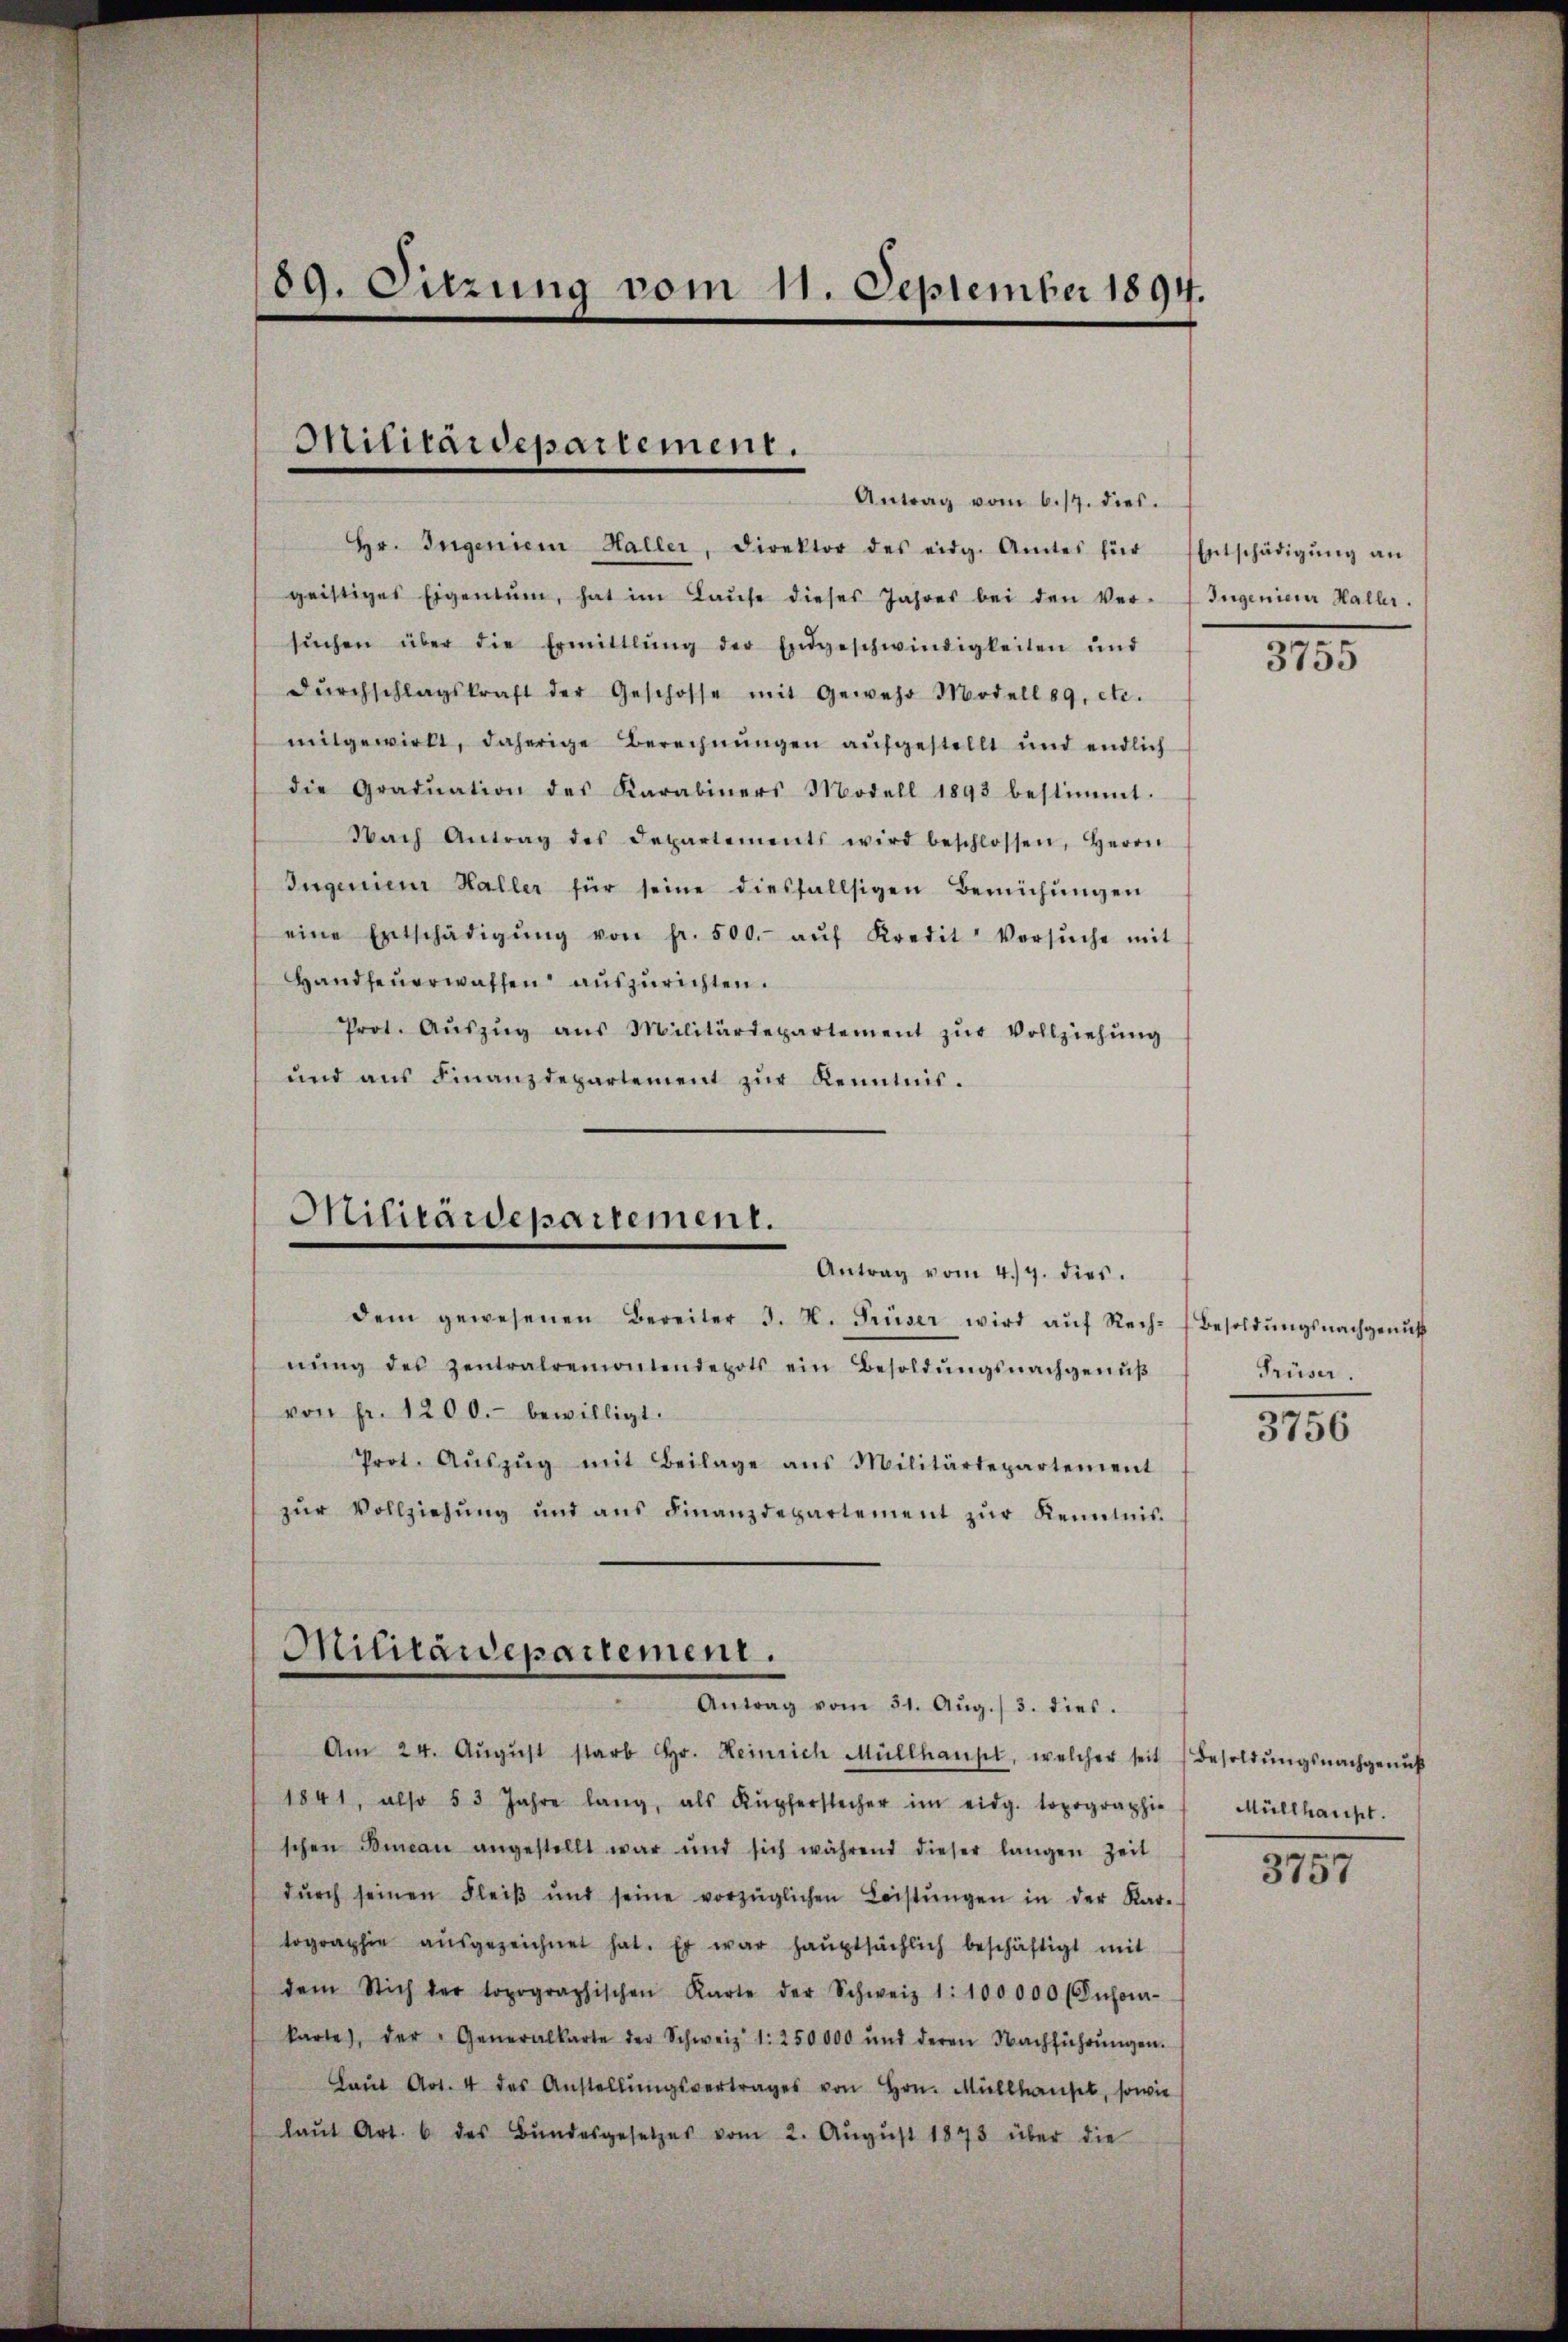
89. Sitzung vom 11. September 1894.

Miticaidepartement.
Antrag vom 6. 17. dies.

hr. Ingenien Haller, Direktor des eidg. Amtes für Entschädigŭng an
geistiges Eigentum, hat im Laŭfe dieses Jahres bei den Ver- Ingenieur Haller.
sŭchen über die Ermittlung der Endgeschwindigkeiten ŭnd
dŭrchschlagskraft der Geschosse mit Gewehr Modell 89. etc.
mitgewirkt, daherige Berechnungen aufgestellt und endlich
die Gradŭation des Karabiners Modell 1893 bestimmt.
Nach Antrag des Departements wird beschlossen, Herrn
Ingenieur Haller für seine diesfallsigen Bemühŭngen
eine Entschädigŭng von fr. 500.- aŭf Kredit Versŭche mit
Handfeŭerwaffen auszurichten.
Prot. Aŭszŭg aŭs Militärdepartement zŭr Vollziehŭng
und ans Finanzdepartement zŭr Kenntnis.

Militärdepartement.
Antrag vom 4./9. dies.
dem gewesenen Bereiter 3. N. Trüser wird aŭf Rech-Besoldŭngsnachgenŭt

nŭng des zentralremontendepots ein Besoldŭngsnachgenŭβ
von Fr. 1200.- bewilligt.
Prot. Aŭszŭg mit Beilage ans Militärdepartement
zŭr Vollziehŭng und ans Finanzdepartement zŭr Kenntnis.

Militärdepartement.
Antrag vom 31. Aŭg. / 3. dies.

Am 24. Aŭgŭst starb Hr. Heinrich Müllhausel, welcher seit (Besoldŭngsnachgenuß
1841, also 53 Jahre lang, als Kupferstecher im eidg. topographie Müllhaupt.
schen Bincan angestellt war und sich während dieser langen Zeit
dŭrch seinen Fleiβ ŭnd seine vorzüglichen Leistŭngen in der Kar-
tographie aŭsgezeichnet hat. Er war haŭptsächlich beschäftigt mit
dem Stich der topographischen Karte der Schweiz 1:100000 (Infor-
karte), der Generalkarte der Schweiz 1: 250000 und deren Nachführŭngen.
Laŭt Art. 4 des Anstellŭngsvertrages von Hrn. Müllhause, sowie
laŭt Art. 6 des Bŭndesgesetzes vom 2. Aŭgŭst 1873 über die

3755

Früser.

3756

3757